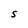
Character: S